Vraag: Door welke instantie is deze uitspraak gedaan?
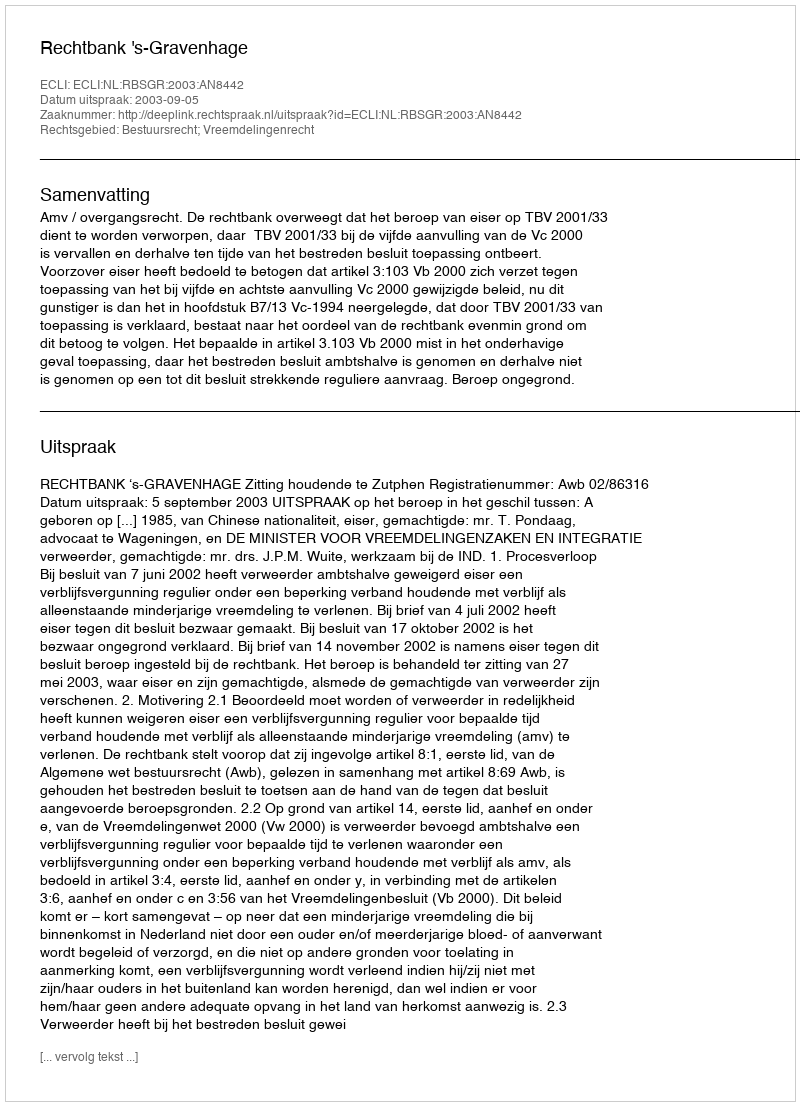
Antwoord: Rechtbank 's-Gravenhage